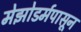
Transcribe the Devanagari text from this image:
मेझोडर्मपासून